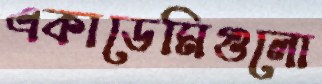
একাডেমিগুলো